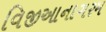
વિજીઆનાગરમ